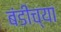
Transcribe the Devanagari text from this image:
बंडीच्या